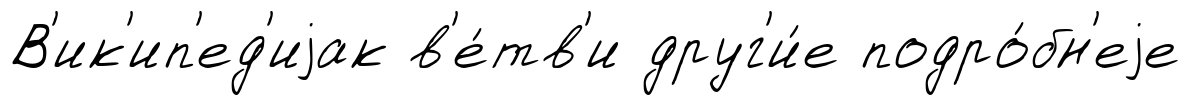
В'ик'ип'ед'иjак в'е́тв'и друг'и́е подро́бн'еjе